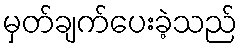
မှတ်ချက်ပေးခဲ့သည်